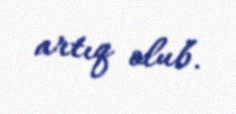
artıq olub.